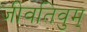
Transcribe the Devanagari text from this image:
जीवतिवुम्